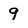
Character: 9